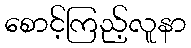
စောင့်ကြည့်လူနာ